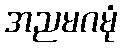
အညမဂမုံ